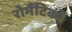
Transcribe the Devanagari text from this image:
रोमैंटिकों